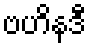
ဗဟိနဒီ